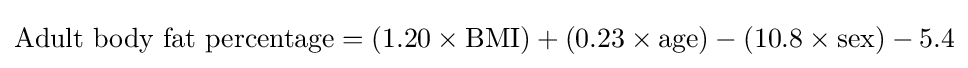
{\text{Adult body fat percentage}}=(1.20\times {\text{BMI}})+(0.23\times {\text{age}})-(10.8\times {\text{sex}})-5.4